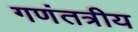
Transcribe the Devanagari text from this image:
गणंतत्रीय